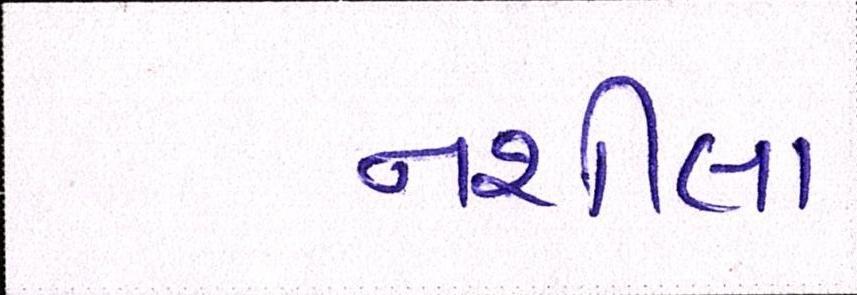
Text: નશીલા